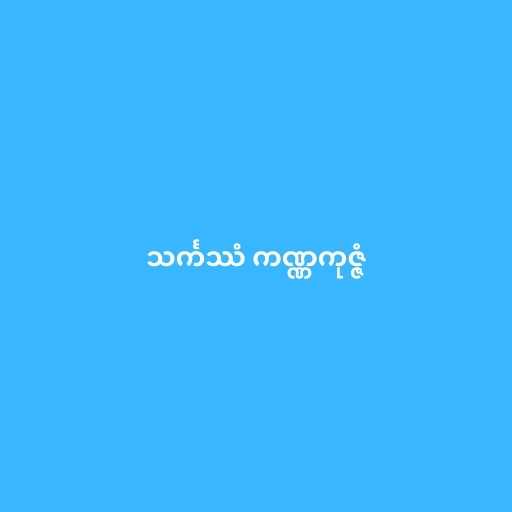
သင်္ကဿံ ကဏ္ဏကုဇ္ဇံ